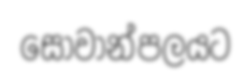
සෝවාන්පලයට